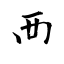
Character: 襾